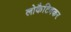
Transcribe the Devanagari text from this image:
लोकैटिवकर